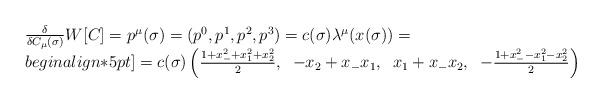
LaTeX: \begin{align*}\begin{array}{l}{\delta\over\delta C_{\mu}(\sigma)}W[C]=p^{\mu}(\sigma)=(p^0,p^1,p^2,p^3)= c(\sigma) \lambda^{\mu}(x(\sigma))=\\begin{align*}5pt]=c(\sigma)\left({1+x_-^2+x_1^2+x_2^2\over 2},\;\;-x_2+x_-x_1,\;\;x_1+x_-x_2,\;\;-{1+x_-^2-x_1^2-x_2^2\over 2}\right)\end{array}\end{align*}